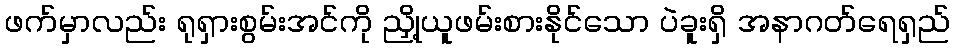
ဖက်မှာလည်း ရုရှားစွမ်းအင်ကို ညှို့ယူဖမ်းစားနိုင်သော ပဲခူးရှိ အနာဂတ်ရေရှည်